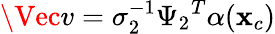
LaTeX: \Vec{v}=\sigma_{2}^{-1}{\Psi_{2}}^{T}\alpha(\mathbf{x}_{c})